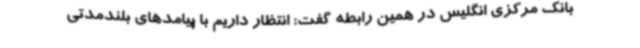
بانک مرکزی انگلیس در همین رابطه گفت: انتظار داریم با پیامدهای بلندمدتی